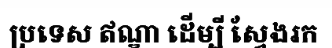
ប្រទេស ឥណ្ឌា ដើម្បី ស្វែងរក